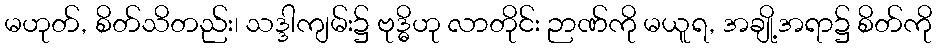
မဟုတ်, စိတ်သိတည်း၊ သဒ္ဒါကျမ်း၌ ဗုဒ္ဓိဟု လာတိုင်း ဉာဏ်ကို မယူရ, အချို့အရာ၌ စိတ်ကို